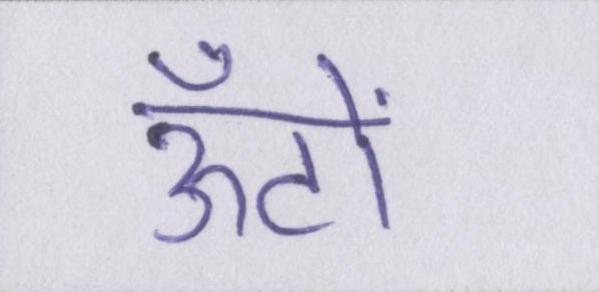
ऊँटों